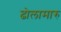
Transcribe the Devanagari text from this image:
ढोलामारु